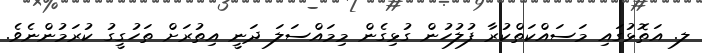
ލ. އަތޮޅުގައި މަސައްކަތްކުރާ ފުލުހުން ގުޅިގެން މިމައްސަލަ ދަނީ އިތުރަށް ތަހުގީގު ކުރަމުންނެވެ.